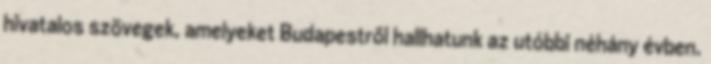
hivatalos szövegek, amelyeket Budapestről hallhatunk az utóbbi néhány évben.